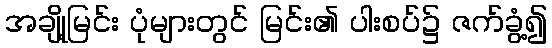
အချို့မြင်း ပုံများတွင် မြင်း၏ ပါးစပ်၌ ဇက်ခွံ့၍